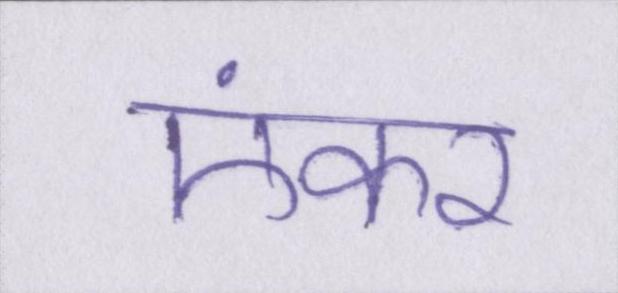
एंकर